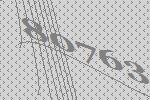
80763